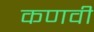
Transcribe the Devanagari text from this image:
कणवी